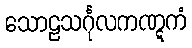
သောဠသင်္ဂုလကဏ္ဋကံ